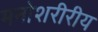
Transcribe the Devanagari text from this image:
मनोशरीरीय